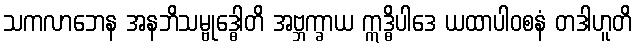
သကလာဘေန အနဘိသမ္ဗုဒ္ဓေါတိ အဗ္ဘက္ခာယ ဣဒ္ဓိပါဒေ ယထာပါဝစနံ တဒါဟူတိ